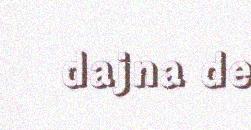
dajna de